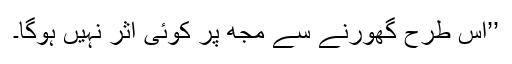
’’اس طرح گھورنے سے مجھ پر کوئی اثر نہیں ہوگا۔